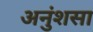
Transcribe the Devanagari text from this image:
अनुंशसा